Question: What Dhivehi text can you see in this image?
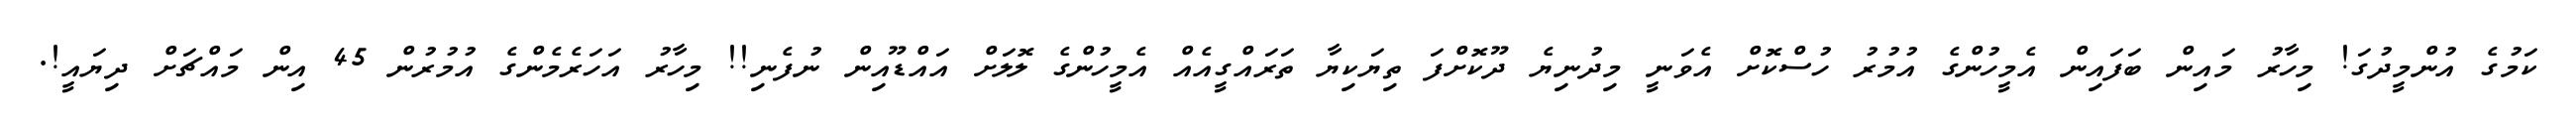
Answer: ކަމުގެ އުންމީދުގަ! މިހާރު މައިން ބަފައިން އެމީހުންގެ އުމުރު ހުސްކޮށް އެވަނީ މިދުނިޔެ ދޫކޮށްފަ ތިޔަކިޔާ ތަރައްގީއެއް އެމީހުންގެ ލޮލަށް އައްޑޫއިން ނުފެނި!! މިހާރު އަހަރެމެންގެ އުމުރުން 45 އިން މައްޗަށް ދިޔައީ!.